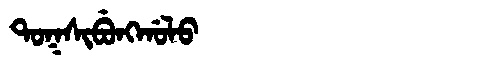
Manchu: ᡨᠣᡴᠰᡳᠪᡠᠩᡤᠣᠯᠣ
Romanization: TOKSIBUNGGOLO